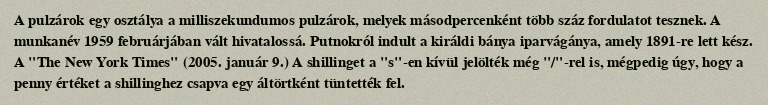
A pulzárok egy osztálya a milliszekundumos pulzárok, melyek másodpercenként több száz fordulatot tesznek. A munkanév 1959 februárjában vált hivatalossá. Putnokról indult a királdi bánya iparvágánya, amely 1891-re lett kész. A "The New York Times" (2005. január 9.) A shillinget a "s"-en kívül jelölték még "/"-rel is, mégpedig úgy, hogy a penny értéket a shillinghez csapva egy áltörtként tüntették fel.